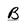
Character: B